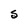
Character: S